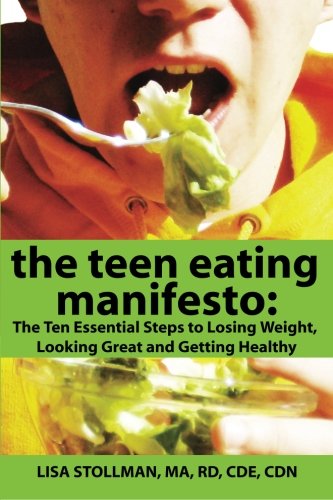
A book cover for The Teen Eating Manifesto: The Ten Essential Steps to Losing Weight, Looking Great and Getting Healthy (Volume 1); MA, RD, CDE, CDN, Lisa Stollman; Health, Fitness & Dieting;